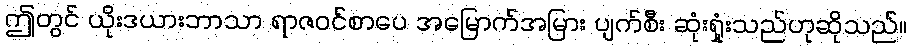
ဤတွင် ယိုးဒယားဘာသာ ရာဇဝင်စာပေ အမြောက်အမြား ပျက်စီး ဆုံးရှုံးသည်ဟုဆိုသည်။